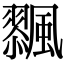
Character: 𩘸